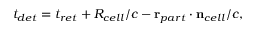
t _ { d e t } = t _ { r e t } + R _ { c e l l } / c - \mathbf { r } _ { p a r t } \cdot \mathbf { n } _ { c e l l } / c ,